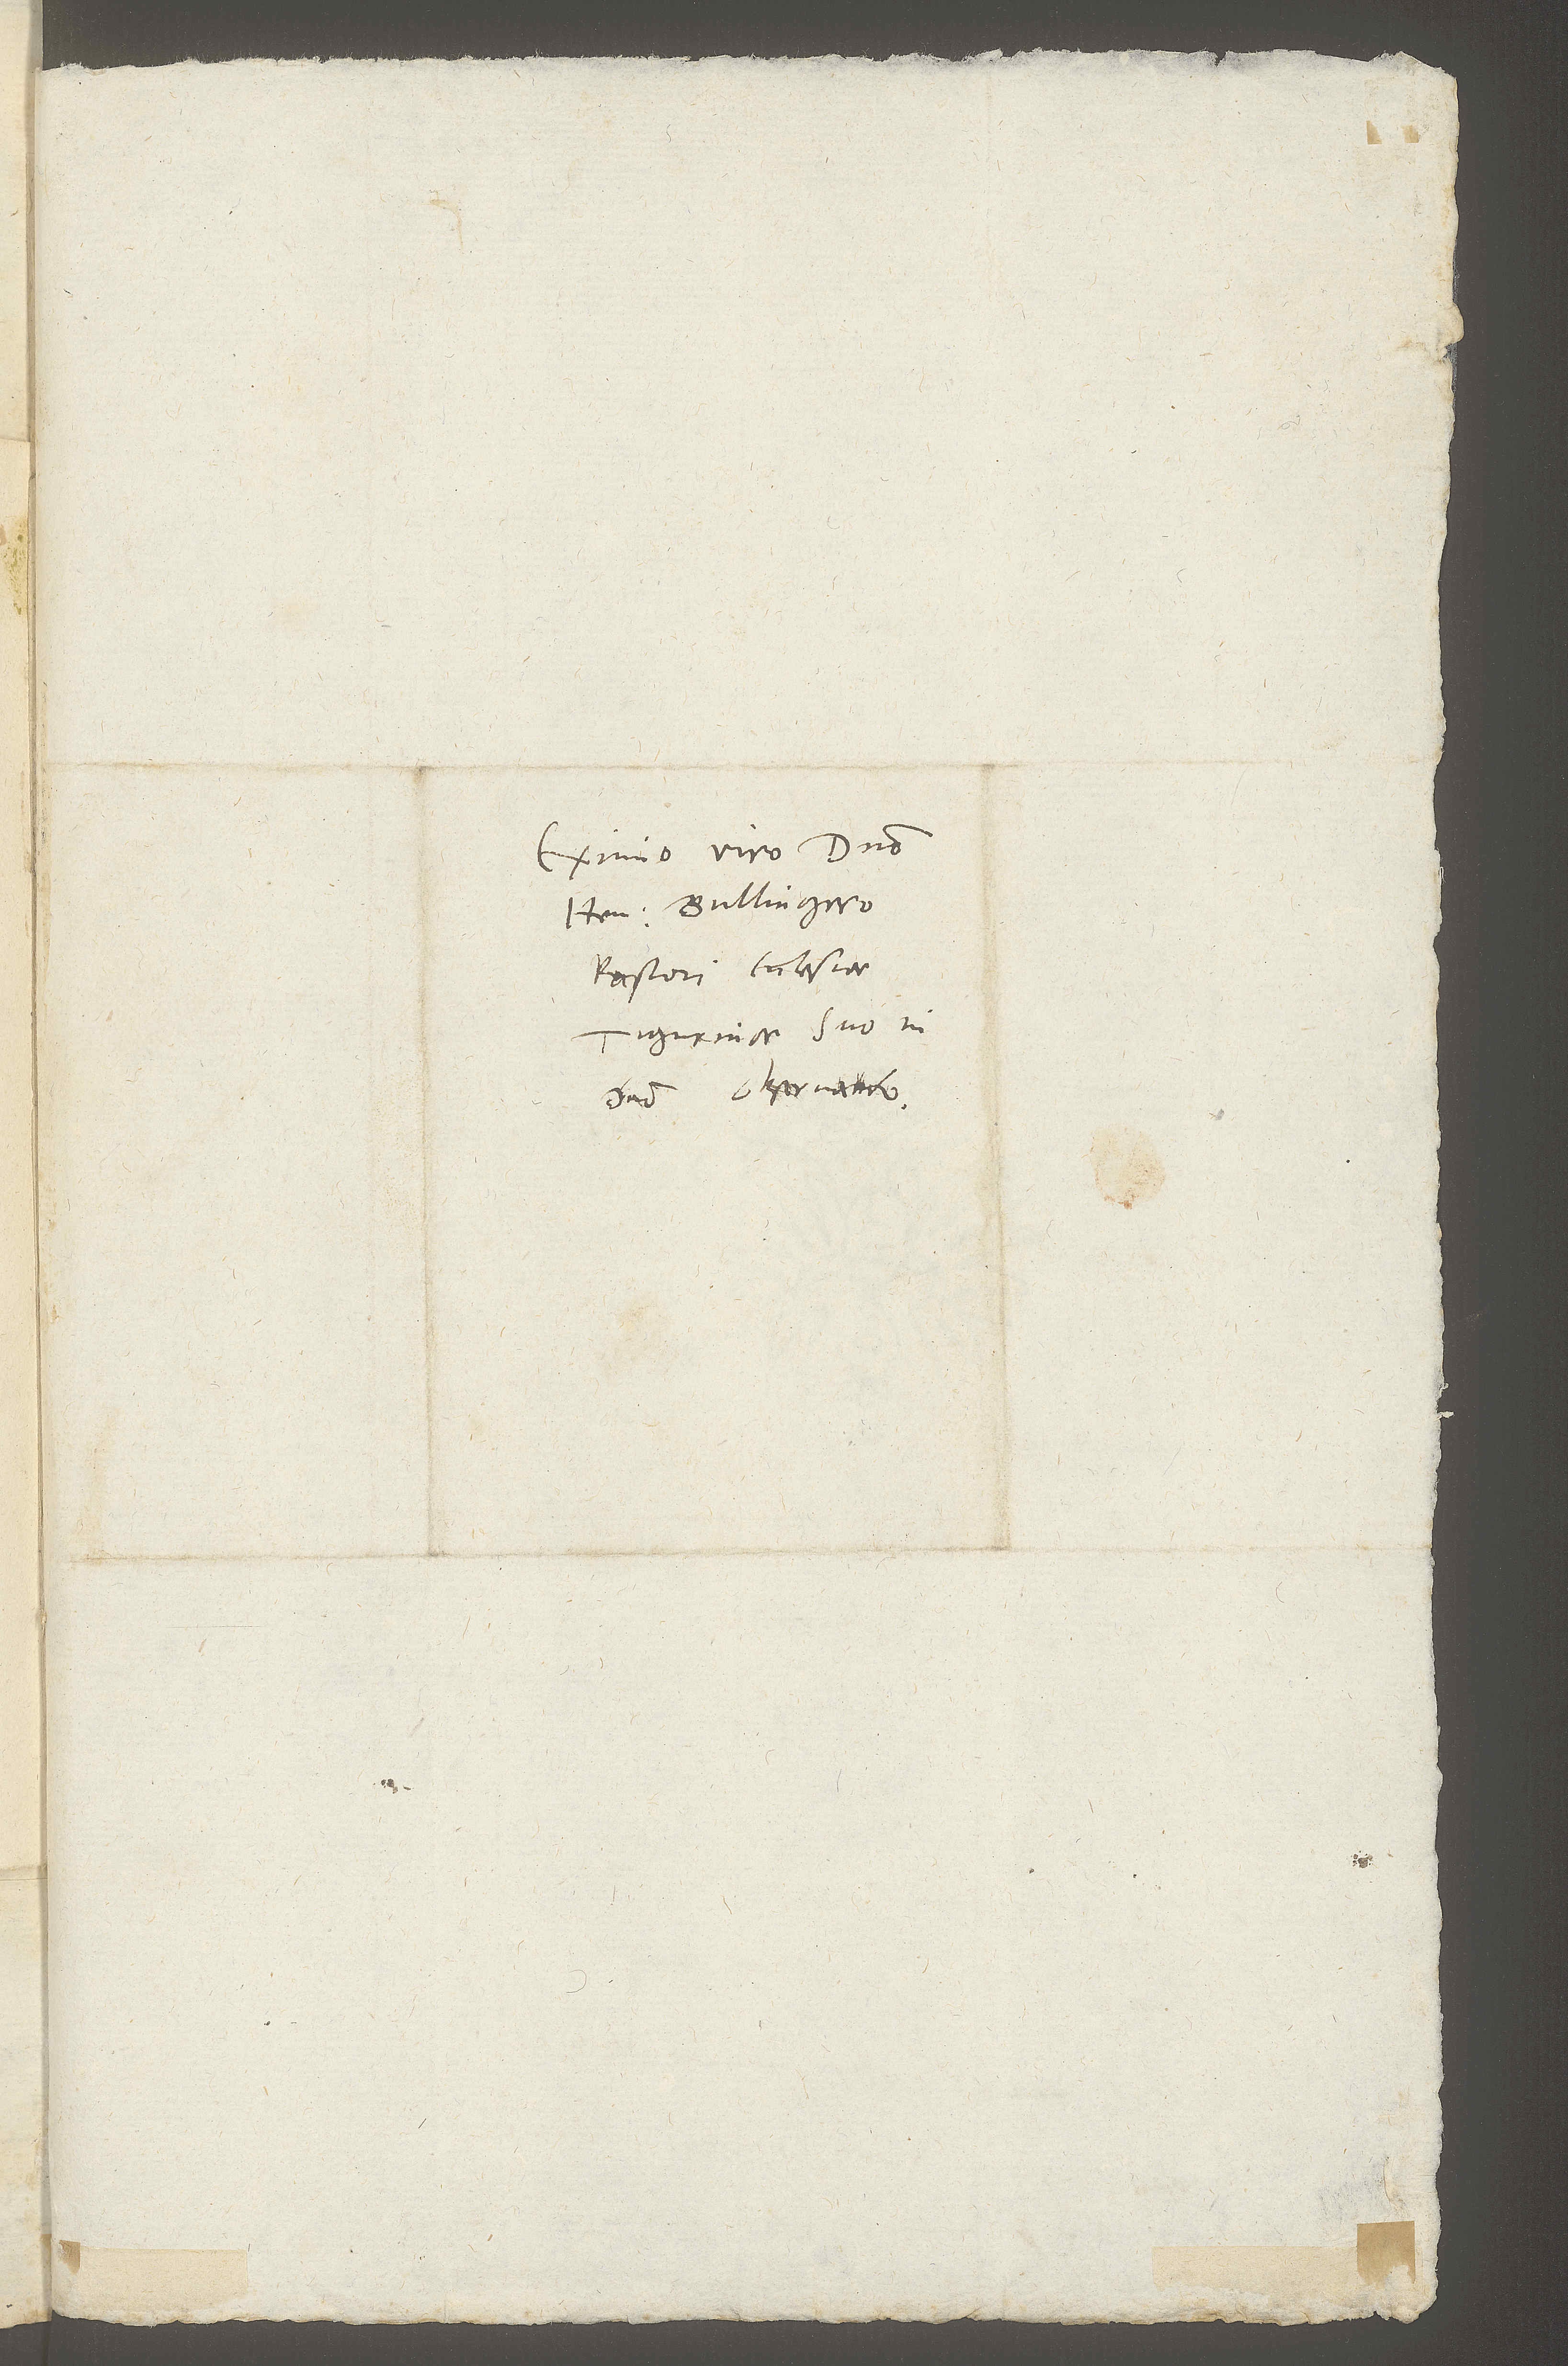
Eximio viro domino
Henrico Bullingero,
pastori ecclesiae
Tigurinae, suo in
domino observando.